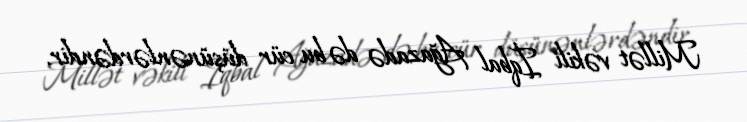
Millət vəkili İqbal Ağazadə də bu cür düşünənlərdəndir.